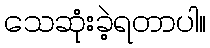
သေဆုံးခဲ့ရတာပါ။